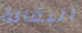
البقالة